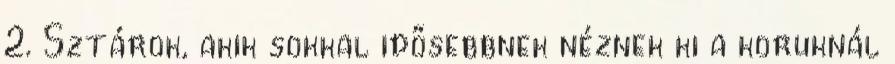
2. Sztárok, akik sokkal idősebbnek néznek ki a koruknál